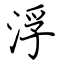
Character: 浮